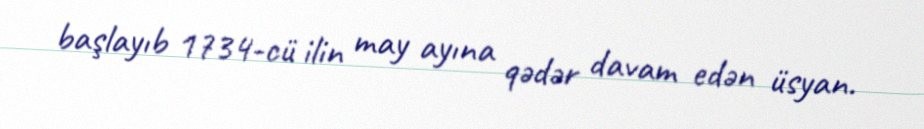
başlayıb 1734-cü ilin may ayına qədər davam edən üsyan.